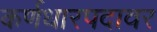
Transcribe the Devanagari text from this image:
कर्णधारपदावर